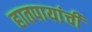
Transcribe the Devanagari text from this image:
हातपायांची